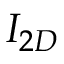
I _ { 2 D }